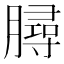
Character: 𣎟